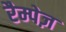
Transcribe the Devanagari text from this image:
रैम्पेज़